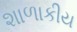
શાળાકીય